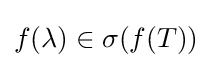
f(\lambda )\in \sigma (f(T))